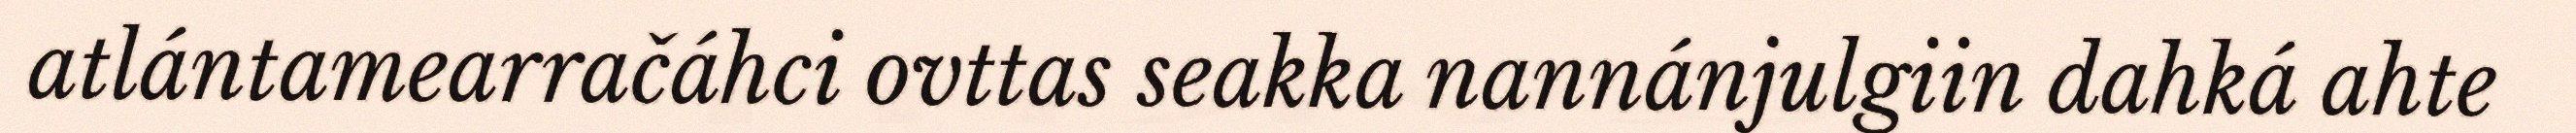
atlántamearračáhci ovttas seakka nannánjulgiin dahká ahte